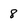
Character: 8